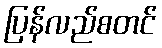
ပြန်လည်စတင်